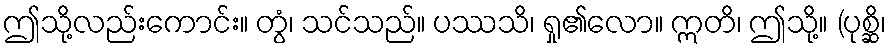
ဤသို့လည်းကောင်း။ တွံ၊ သင်သည်။ ပဿသိ၊ ရှု၏လော။ ဣတိ၊ ဤသို့။ (ပုစ္ဆိ၊